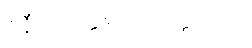
ဝိနီတဝတ္ထုများ၊ ဝတ္ထု (၆၀)